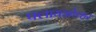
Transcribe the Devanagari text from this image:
फ्लायओव्हर